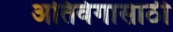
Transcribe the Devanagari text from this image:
अतिवेगासाठी